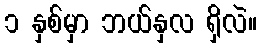
၁ နှစ်မှာ ဘယ်နှလ ရှိလဲ။